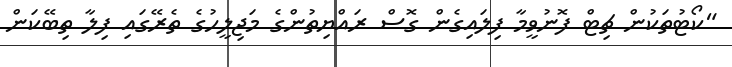
"ކޯޓުތަކުން ޗިޓް ފޮނުވީމާ ފިލައިގެން ގޮސް ރައްޔިތުންގެ މަޖިލީހުގެ ތެރޭގައި ފިލާ ތިބޭކަން